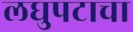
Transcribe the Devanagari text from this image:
लघुपटाचा